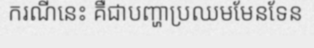
ករណីនេះ គឺជាបញ្ហាប្រឈមមែនទែន